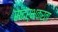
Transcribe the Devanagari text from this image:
संदर्भकर्ता